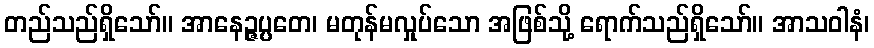
တည်သည်ရှိသော်။ အာနေဉ္ဇပ္ပတေ၊ မတုန်မလှုပ်သော အဖြစ်သို့ ရောက်သည်ရှိသော်။ အာသဝါနံ၊